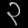
Digit: ၃